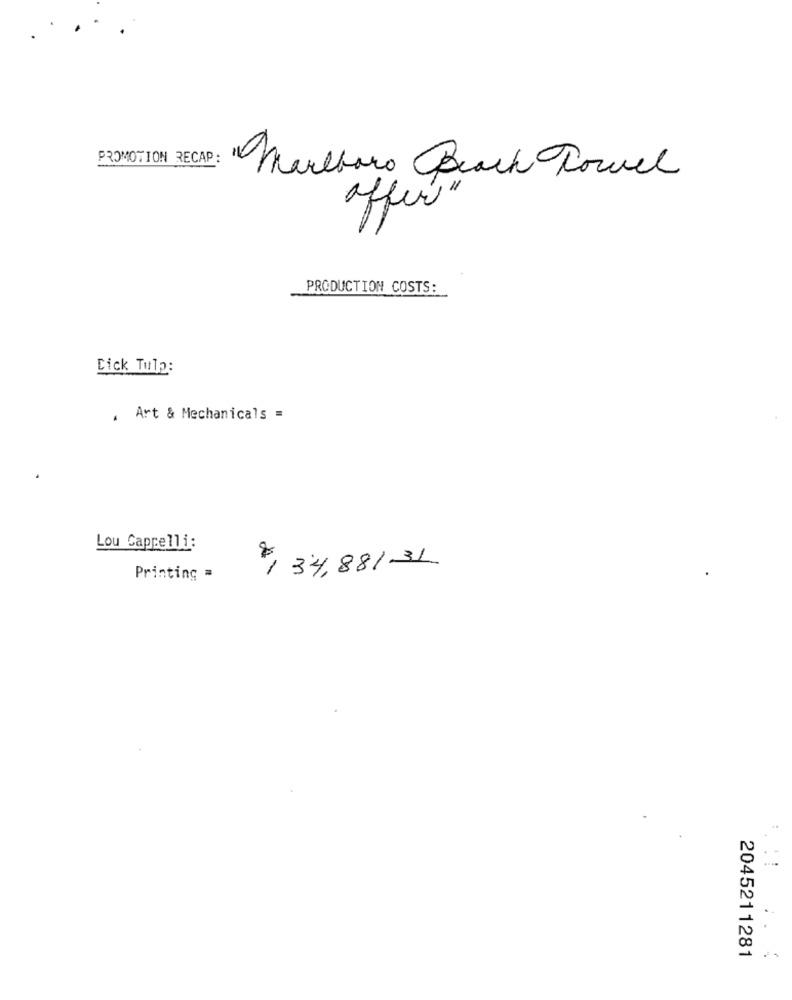
PROMOTION RECAP:
Marlboro Bach Towel
offer"
PRODUCTION COSTS:
Dick Tulp:
. Art & Mechanicals =
Lou Cappelli:
$, 34,88/31
Printing =
2045211281